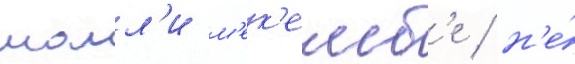
молл'и м'ек'емб'е / н'е́